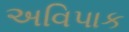
અવિપાક